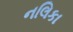
નલિકા